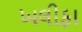
ખલીફા